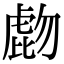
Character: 𧇂